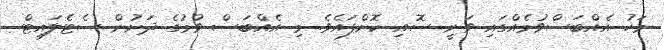
މަހު އެއްބަސްވުމެއްގައި ވަނީ ސޮއި ކޮށްފައެވެ. މި އެއްބަސް ވުމުގެ ދަށުން ސެޓެލައިޓް